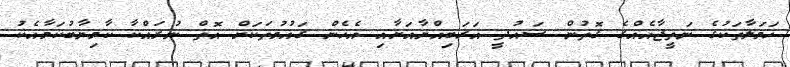
ހަމަލާތަކުގެ ނަތީޖާއެއްގެ ގޮތުން ސައުދީ އަރަބިއްޔާއަށާއި އެހެން ގައުމުތަކަށް އޮތް ނުރައްކާ ކާމިޔާބުކަމާއެކު